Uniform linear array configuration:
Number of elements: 16
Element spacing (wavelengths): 0.25
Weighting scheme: kaiser
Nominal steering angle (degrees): -15
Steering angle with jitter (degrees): -14.23
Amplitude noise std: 0.05
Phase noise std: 0.05

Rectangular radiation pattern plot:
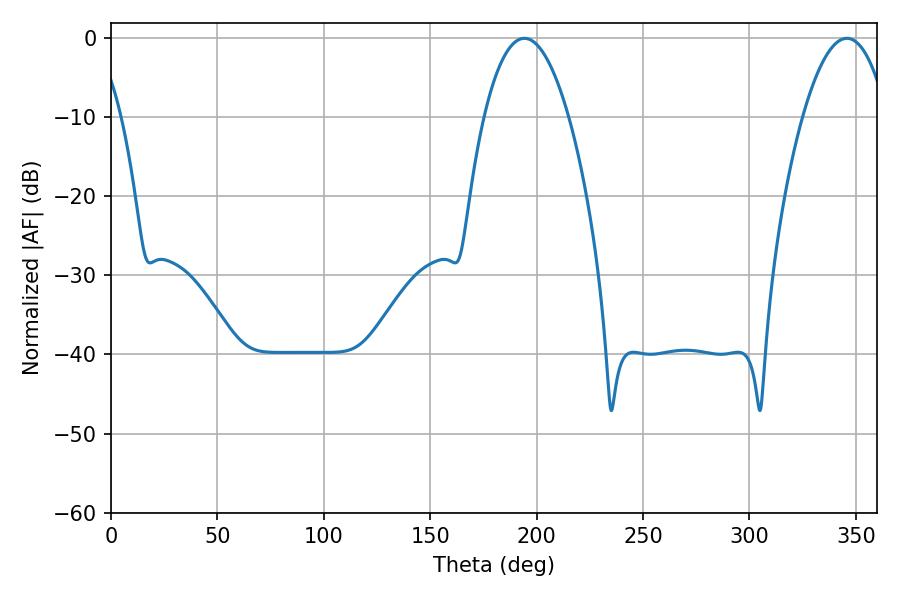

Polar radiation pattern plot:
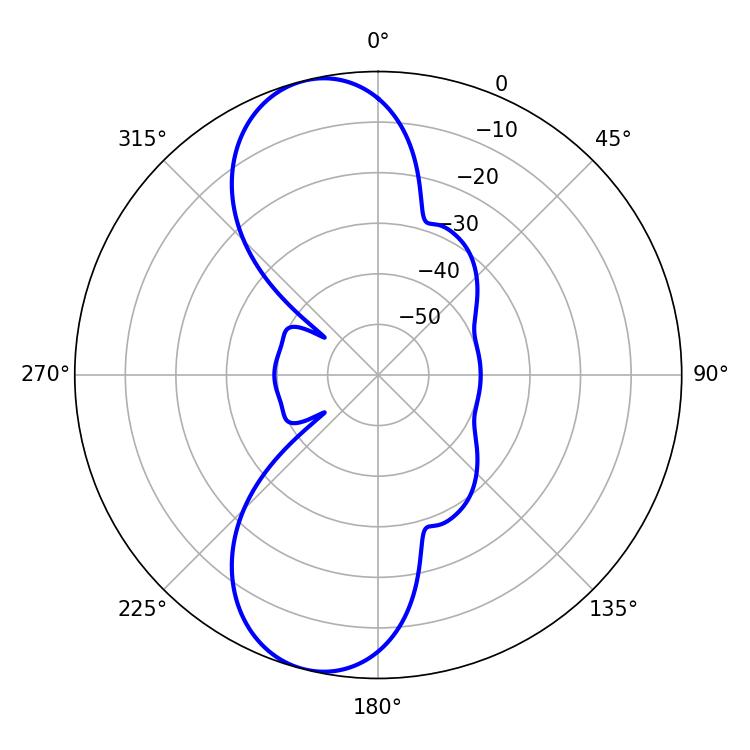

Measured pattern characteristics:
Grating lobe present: FALSE
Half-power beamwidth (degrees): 22.14
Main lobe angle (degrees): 194.22